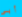
أبي